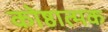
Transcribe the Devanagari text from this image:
कोष्ठात्मक